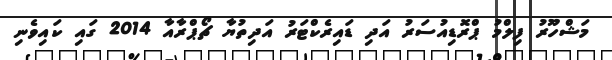
މަޝްހޫރު ފިލްމު ޕްރޮޑިއުސަރު އަދި ޑައިރެކްޓަރު އަދިތުޔާ ޗޯޕްރާއާ 2014 ގައި ކައިވެނި